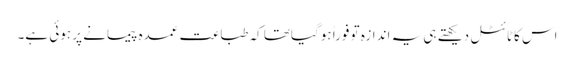
اس کاٹائٹل دیکھتے ہی یہ اندازہ تو فوراً ہوگیاتھا کہ طباعت عمدہ پیمانے پر ہوئی ہے۔